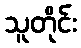
သူတိုင်း